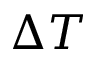
\Delta T